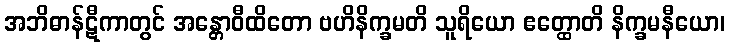
အဘိဓာန်ဋီကာတွင် အန္တောဝီထိတော ဗဟိနိက္ခမတိ သူရိယော ဧတ္ထောတိ နိက္ခမနီယော၊